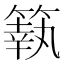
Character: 䉅